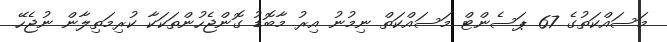
މަސައްކަތުގެ 67 ޕަސެންޓް މަސައްކަތް ނިމުނު އިރު މާބޮޑު ގޮންޖެހުންތަކަކާ ކުރިމަތިލާން ނުޖެހޭ